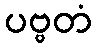
ပဗ္ဗတံ